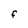
Character: F